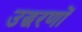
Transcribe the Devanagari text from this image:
उद्घरणों